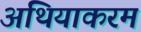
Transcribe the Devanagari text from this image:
अथियाकरम